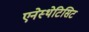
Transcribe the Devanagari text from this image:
एनेस्थेटिसिट